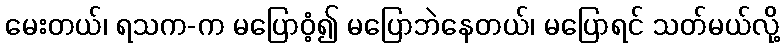
မေးတယ်၊ ရသက-က မပြောဝံ့၍ မပြောဘဲနေတယ်၊ မပြောရင် သတ်မယ်လို့